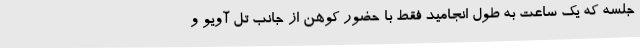
جلسه که یک ساعت به طول انجامید فقط با حضور کوهن از جانب تل آویو و